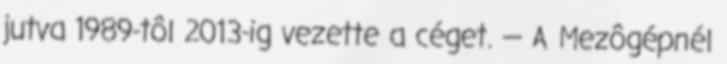
jutva 1989-tôl 2013-ig vezette a céget. — A Mezôgépnél